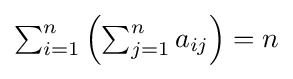
{\textstyle \sum _{i=1}^{n}\left(\sum _{j=1}^{n}a_{ij}\right)=n}